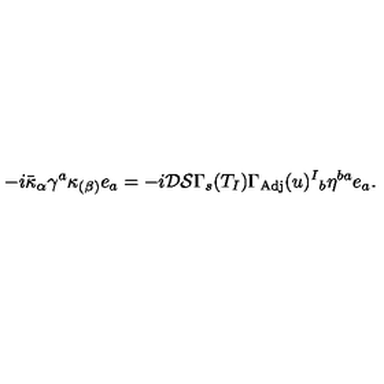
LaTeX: - i \bar { \kappa } _ { \alpha } \gamma ^ { a } \kappa _ { ( \beta ) } e _ { a } = - i \mathcal { D } \mathcal { S } \Gamma _ { s } ( T _ { I } ) \Gamma _ { \mathrm { A d j } } ( u ) ^ { I } { } _ { b } \eta ^ { b a } e _ { a } .